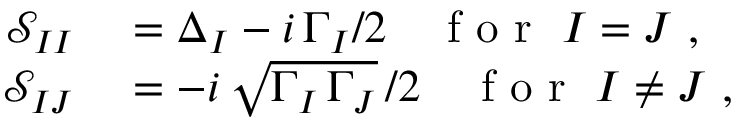
\begin{array} { r l } { \mathcal { S } _ { I I } } & { { } = \Delta _ { I } - i \, \Gamma _ { I } / 2 \quad \mathrm { ~ f ~ o ~ r ~ } ~ I = J ~ , } \\ { \mathcal { S } _ { I J } } & { { } = - i \, \sqrt { \Gamma _ { I } \, \Gamma _ { J } } \, / 2 \quad \mathrm { ~ f ~ o ~ r ~ } ~ I \neq J ~ , } \end{array}